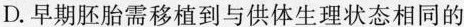
D.早期胚胎需移植到与供体生理状态相同的